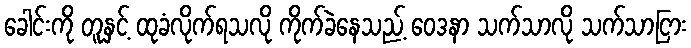
ခေါင်းကို တူနှင့် ထုခံလိုက်ရသလို ကိုက်ခဲနေသည့် ဝေဒနာ သက်သာလို သက်သာငြား